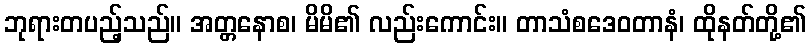
ဘုရားတပည့်သည်။ အတ္တနောစ၊ မိမိ၏ လည်းကောင်း။ တာသံစဒေဝတာနံ၊ ထိုနတ်တို့၏